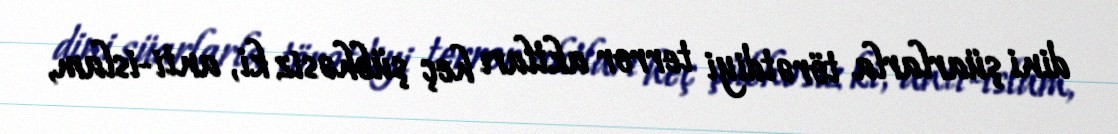
dini şüarlarla törətdiyi terror aktları heç şübhəsiz ki, anti-islam,